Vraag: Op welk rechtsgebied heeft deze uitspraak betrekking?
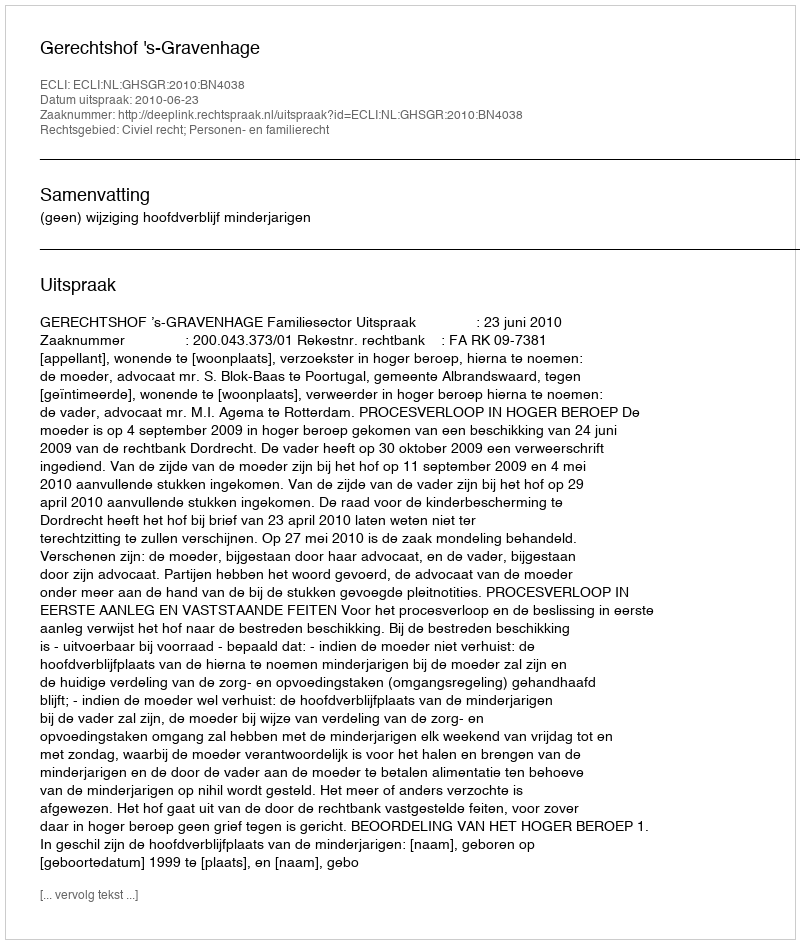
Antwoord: Civiel recht; Personen- en familierecht